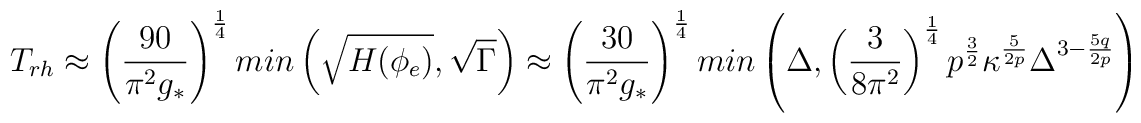
T_{rh} \approx \left( \frac{90}{\pi^2g_{*}}\right)^{\frac{1}{4}} min\left(\sqrt{H(\phi_e)},\sqrt{\Gamma}\right)\approx \left(\frac{30}{\pi^2g_{*}}\right)^{\frac{1}{4}}min\left(\Delta,\left( \frac{3}{8\pi^2}\right)^{\frac{1}{4}}p^{\frac{3}{2}}\kappa^{\frac{5}{2p}}\Delta^{3-\frac{5q}{2p}}\right)